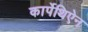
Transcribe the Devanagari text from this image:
कार्पेथिऐन